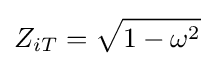
Z_{iT}={\sqrt {1-\omega ^{2}}}